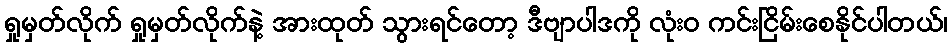
ရှုမှတ်လိုက် ရှုမှတ်လိုက်နဲ့ အားထုတ် သွားရင်တော့ ဒီဗျာပါဒကို လုံးဝ ကင်းငြိမ်းစေနိုင်ပါတယ်၊